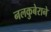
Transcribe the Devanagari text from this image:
नलकुबेराने